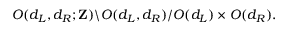
O ( d _ { L } , d _ { R } ; { \bf Z } ) \backslash O ( d _ { L } , d _ { R } ) / O ( d _ { L } ) \times O ( d _ { R } ) .